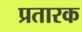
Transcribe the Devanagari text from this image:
प्रतारक